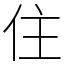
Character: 住